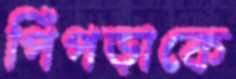
পিঁপড়াকে